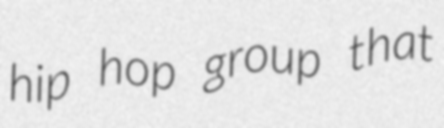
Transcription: hip hop group that